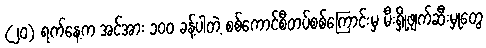
(၂၀) ရက်နေ့က အင်အား ၁၀၀ ခန့်ပါတဲ့ စစ်ကောင်စီတပ်စစ်ကြောင်းမှ မီးရှို့ဖျက်ဆီးမှုတွေ